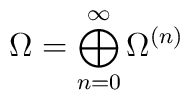
\Omega =\bigoplus_{n=0}^\infty \Omega^{(n)}